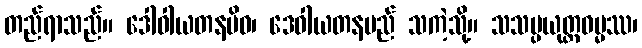
တည်ရာသည်။ ဒေါဝါယတနမိဝ၊ ဒေဝါယတနမည် သကဲ့သို့။ သသမ္ပယုတ္တဓမ္မဿ၊